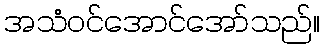
အသံဝင်အောင်အော်သည်။